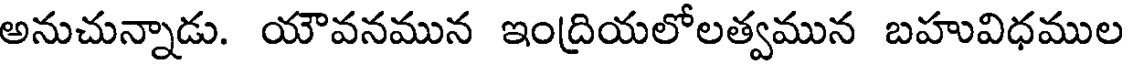
అనుచున్నాడు. యౌవనమున ఇంద్రియలోలత్వమున బహువిధముల